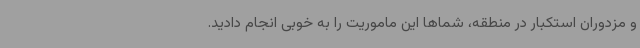
و مزدوران استکبار در منطقه، شماها این ماموریت را به خوبی انجام دادید.